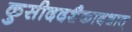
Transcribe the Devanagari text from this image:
कुसीददशैकादशात्